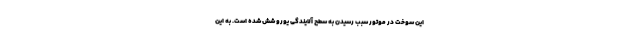
این سوخت در موتور سبب رسیدن به سطح آلایندگی یورو شش شده است. به این